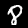
Label: 8